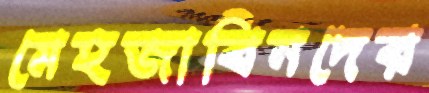
মেহজাবিনদের